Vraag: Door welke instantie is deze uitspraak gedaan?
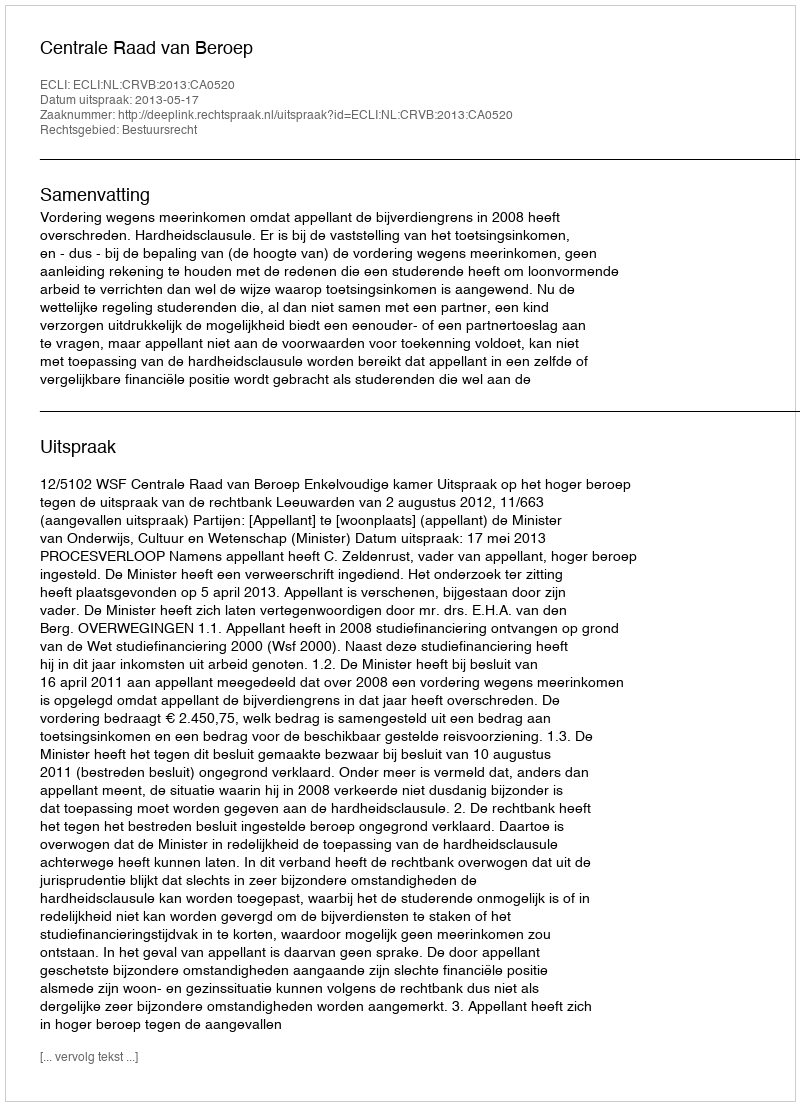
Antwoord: Centrale Raad van Beroep